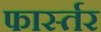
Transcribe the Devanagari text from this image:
फार्स्तर